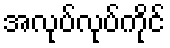
အလုပ်လုပ်ကိုင်